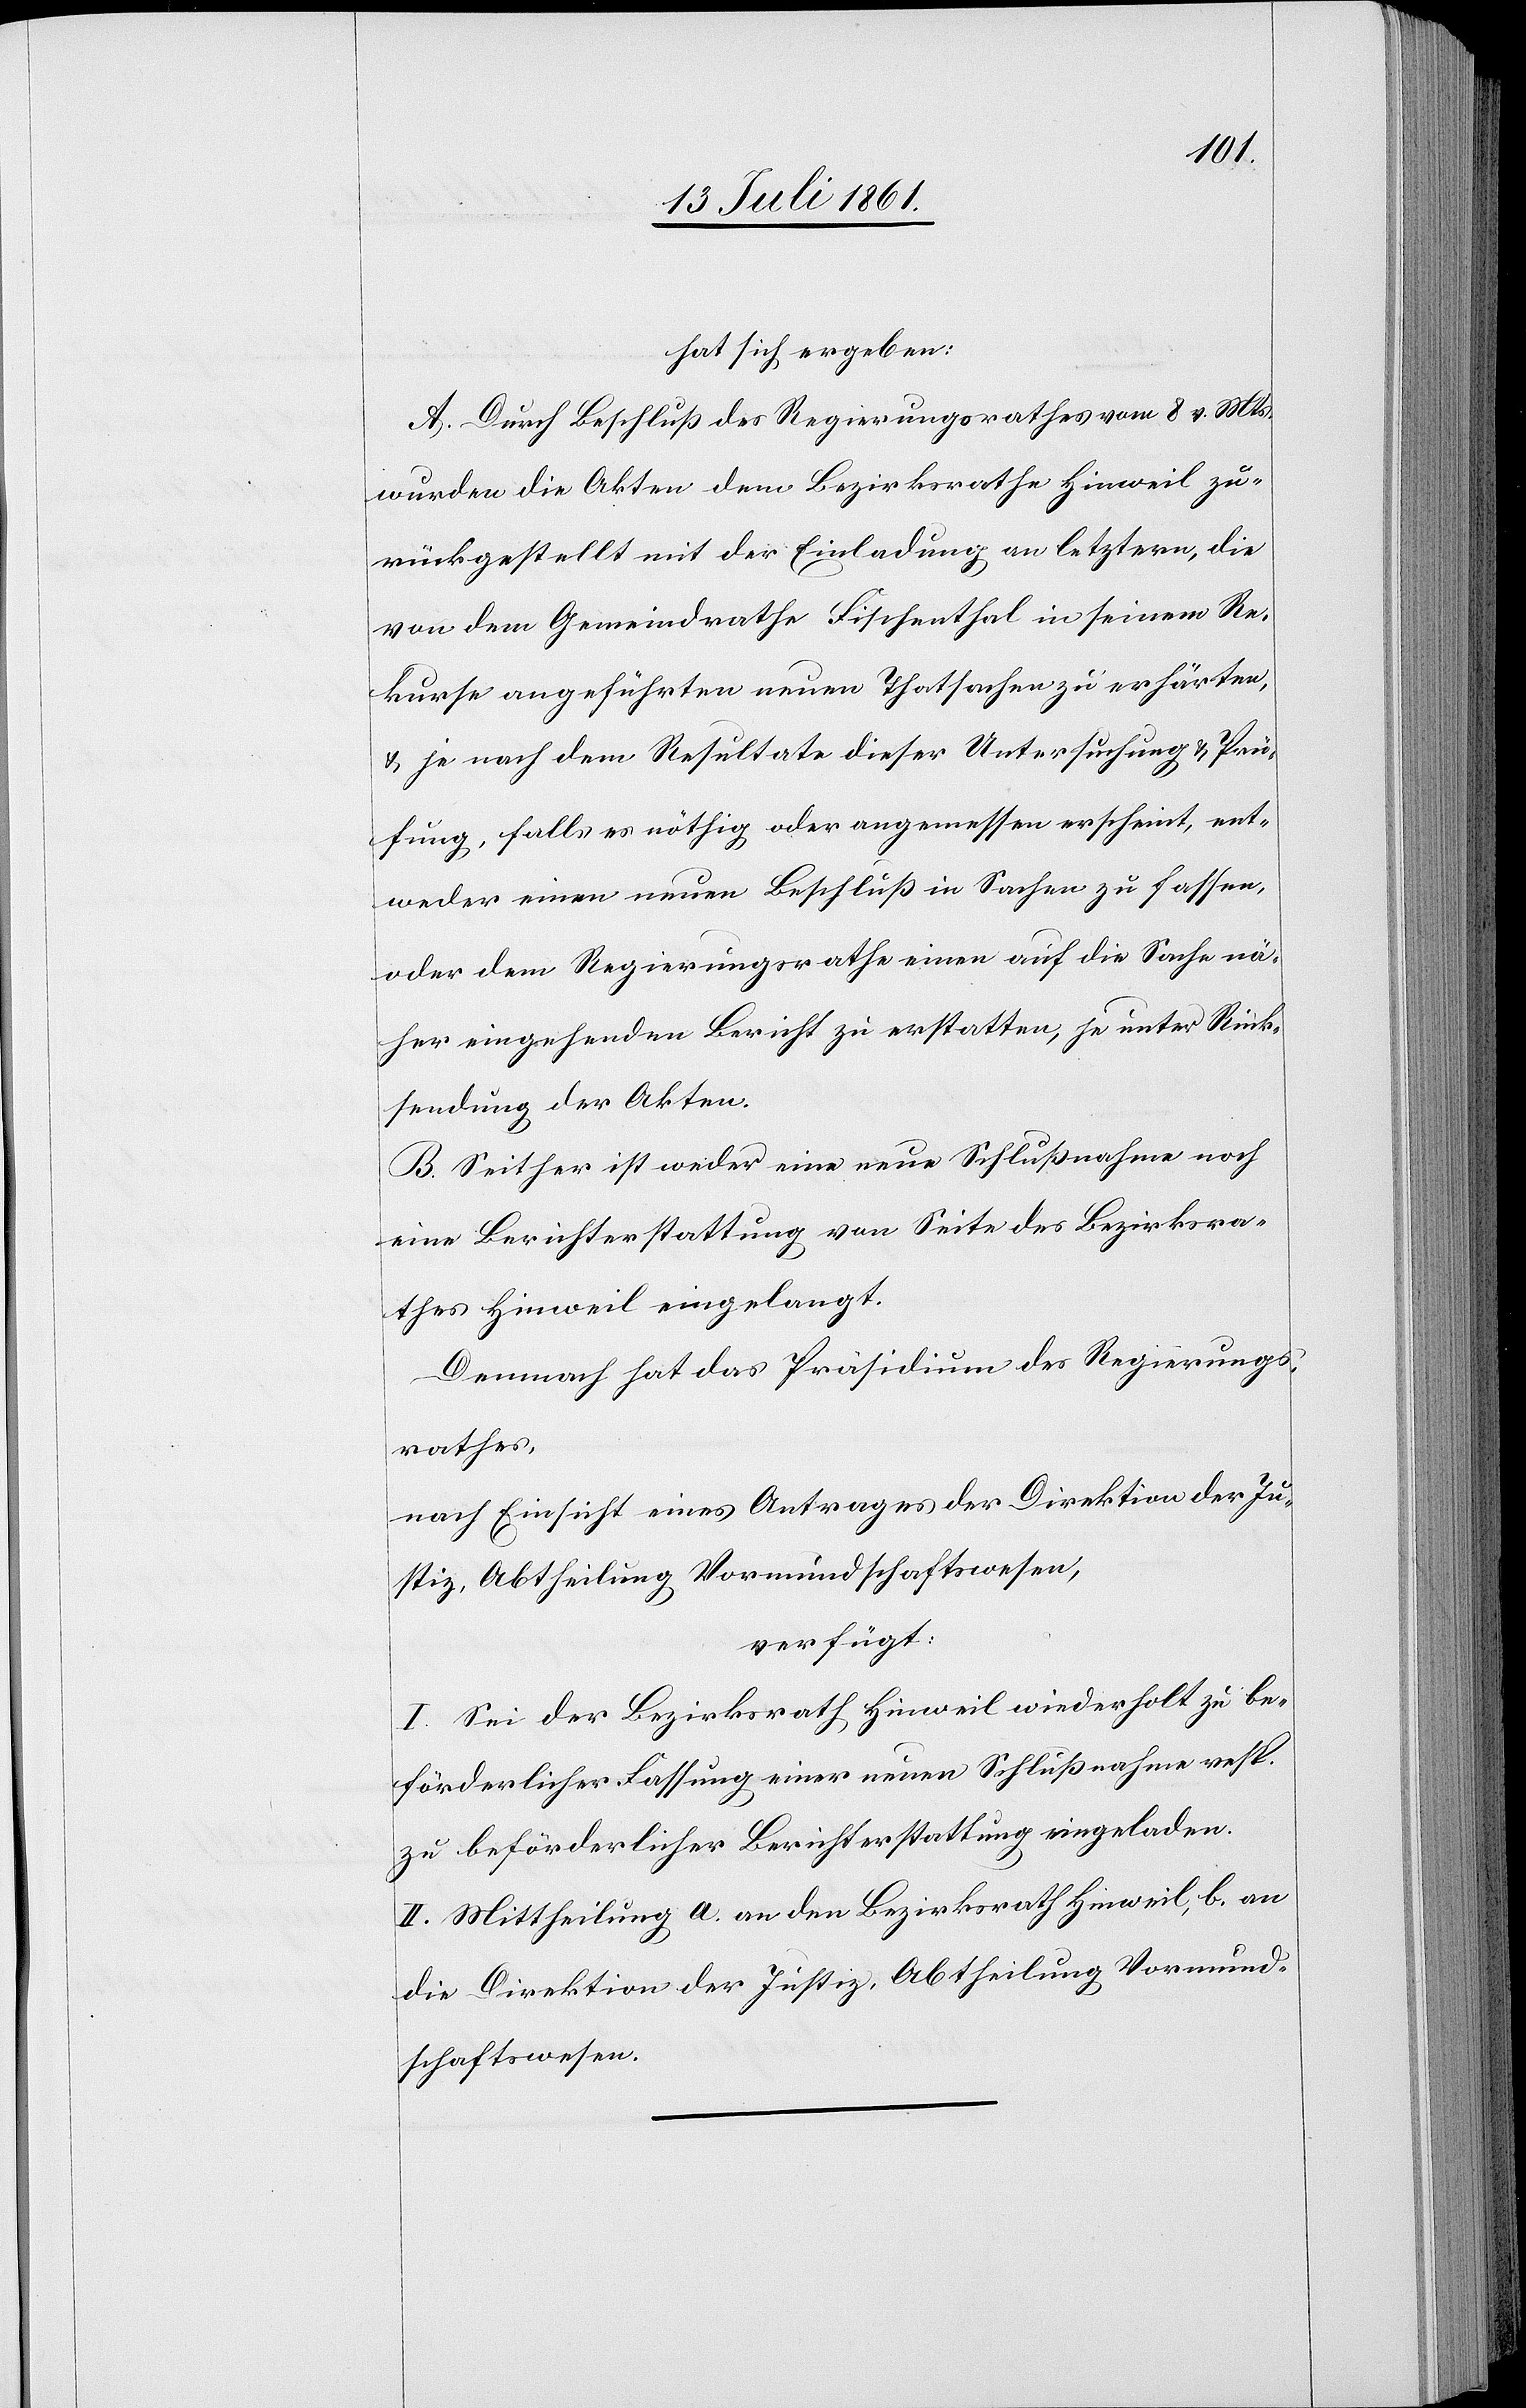
hat sich ergeben:
A. Durch Beschluß des Regierungsrathes vom 8 v. Mts.
wurden die Akten dem Bezirksrathe Hinweil zu¬
rückgestellt mit der Einladung an letztern, die
von dem Gemeindrathe Fischenthal in seinem Re¬
kurse angeführten neuen Thatsachen zu erhärten
u. je nach dem Resultate dieser Untersuchung u. Prü¬
fung, falls es nöthig oder angemessen erscheint, ent¬
weder einen neuen Beschluß in Sachen zu fassen,
oder dem Regierungsrathe einen auf die Sache nä¬
her eingehenden Bericht zu erstatten, je unter Rück¬
sendung der Akten.
B. Seither ist weder eine neue Schlußnahme noch
eine Berichterstattung von Seite des Bezirksra¬
thes Hinweil eingelangt.
Dennoch hat das Präsidium des Regierungs¬
rathes,
nach Einsicht eines Antrages der Direktion der Ju¬
stiz, Abtheilung Vormundschaftswesen,
verfügt:
I. Sei der Bezirksrath Hinweil wiederholt zu be¬
förderlicher Fassung einer neuen Schlußnahme resp.
zu beförderlicher Berichterstattung eingeladen.
II. Mittheilung a. an den Bezirksrath Hinweil, b. an
die Direktion der Justiz, Abtheilung Vormund¬
schaftswesen.